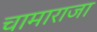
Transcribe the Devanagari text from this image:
चामाराजा